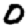
Digit: 0